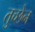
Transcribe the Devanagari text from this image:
तुच्छेन